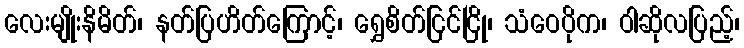
လေးမျိုးနိမိတ်၊ နတ်ပြဟိတ်ကြောင့်၊ ရွှေစိတ်ငြင်ငြို၊ သံဝေပိုက၊ ဝါဆိုလပြည့်၊